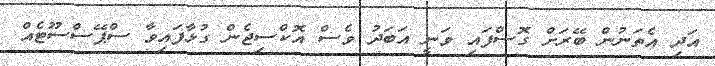
އަދި އެތަނުން ބޭރަށް ގޮސްފައި ވަނީ އަބަދު ވެސް އޮކްސިޖެން ގުޅާފައިވާ ސްޕޭސްސޫޓެއް